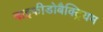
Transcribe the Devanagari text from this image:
बाइफीडोबैक्ट्रियम